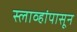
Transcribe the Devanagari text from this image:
स्लाव्हांपासून